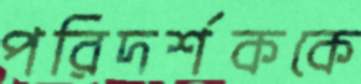
পরিদর্শককে